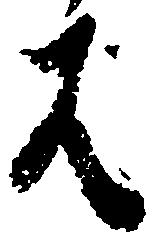
は